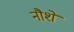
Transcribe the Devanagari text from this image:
नौशे